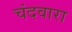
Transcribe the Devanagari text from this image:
चंदवारा